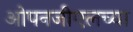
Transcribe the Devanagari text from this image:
ओपनजीएलच्या